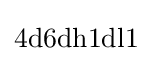
4{\text{d}}6{\text{dh}}1{\text{dl}}1